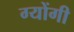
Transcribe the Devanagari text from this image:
ग्योंगी